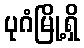
ပုဂံမြို့ရှိ